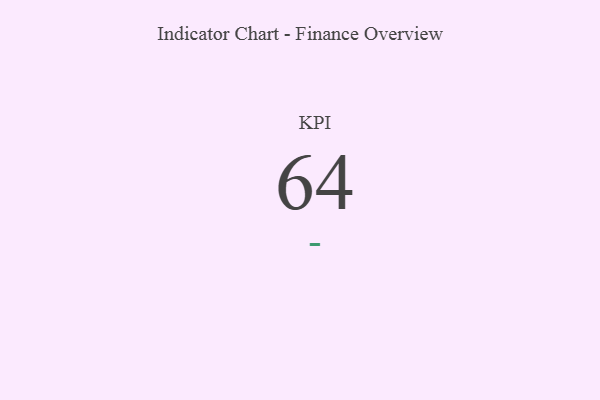
{"axis": {"x": "KPI", "y": "Value"}, "legend": [""], "data": [{"x": "KPI", "y": 64, "type": ""}]}